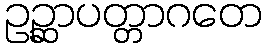
ဥဉ္ဆာပတ္တာဂတေ